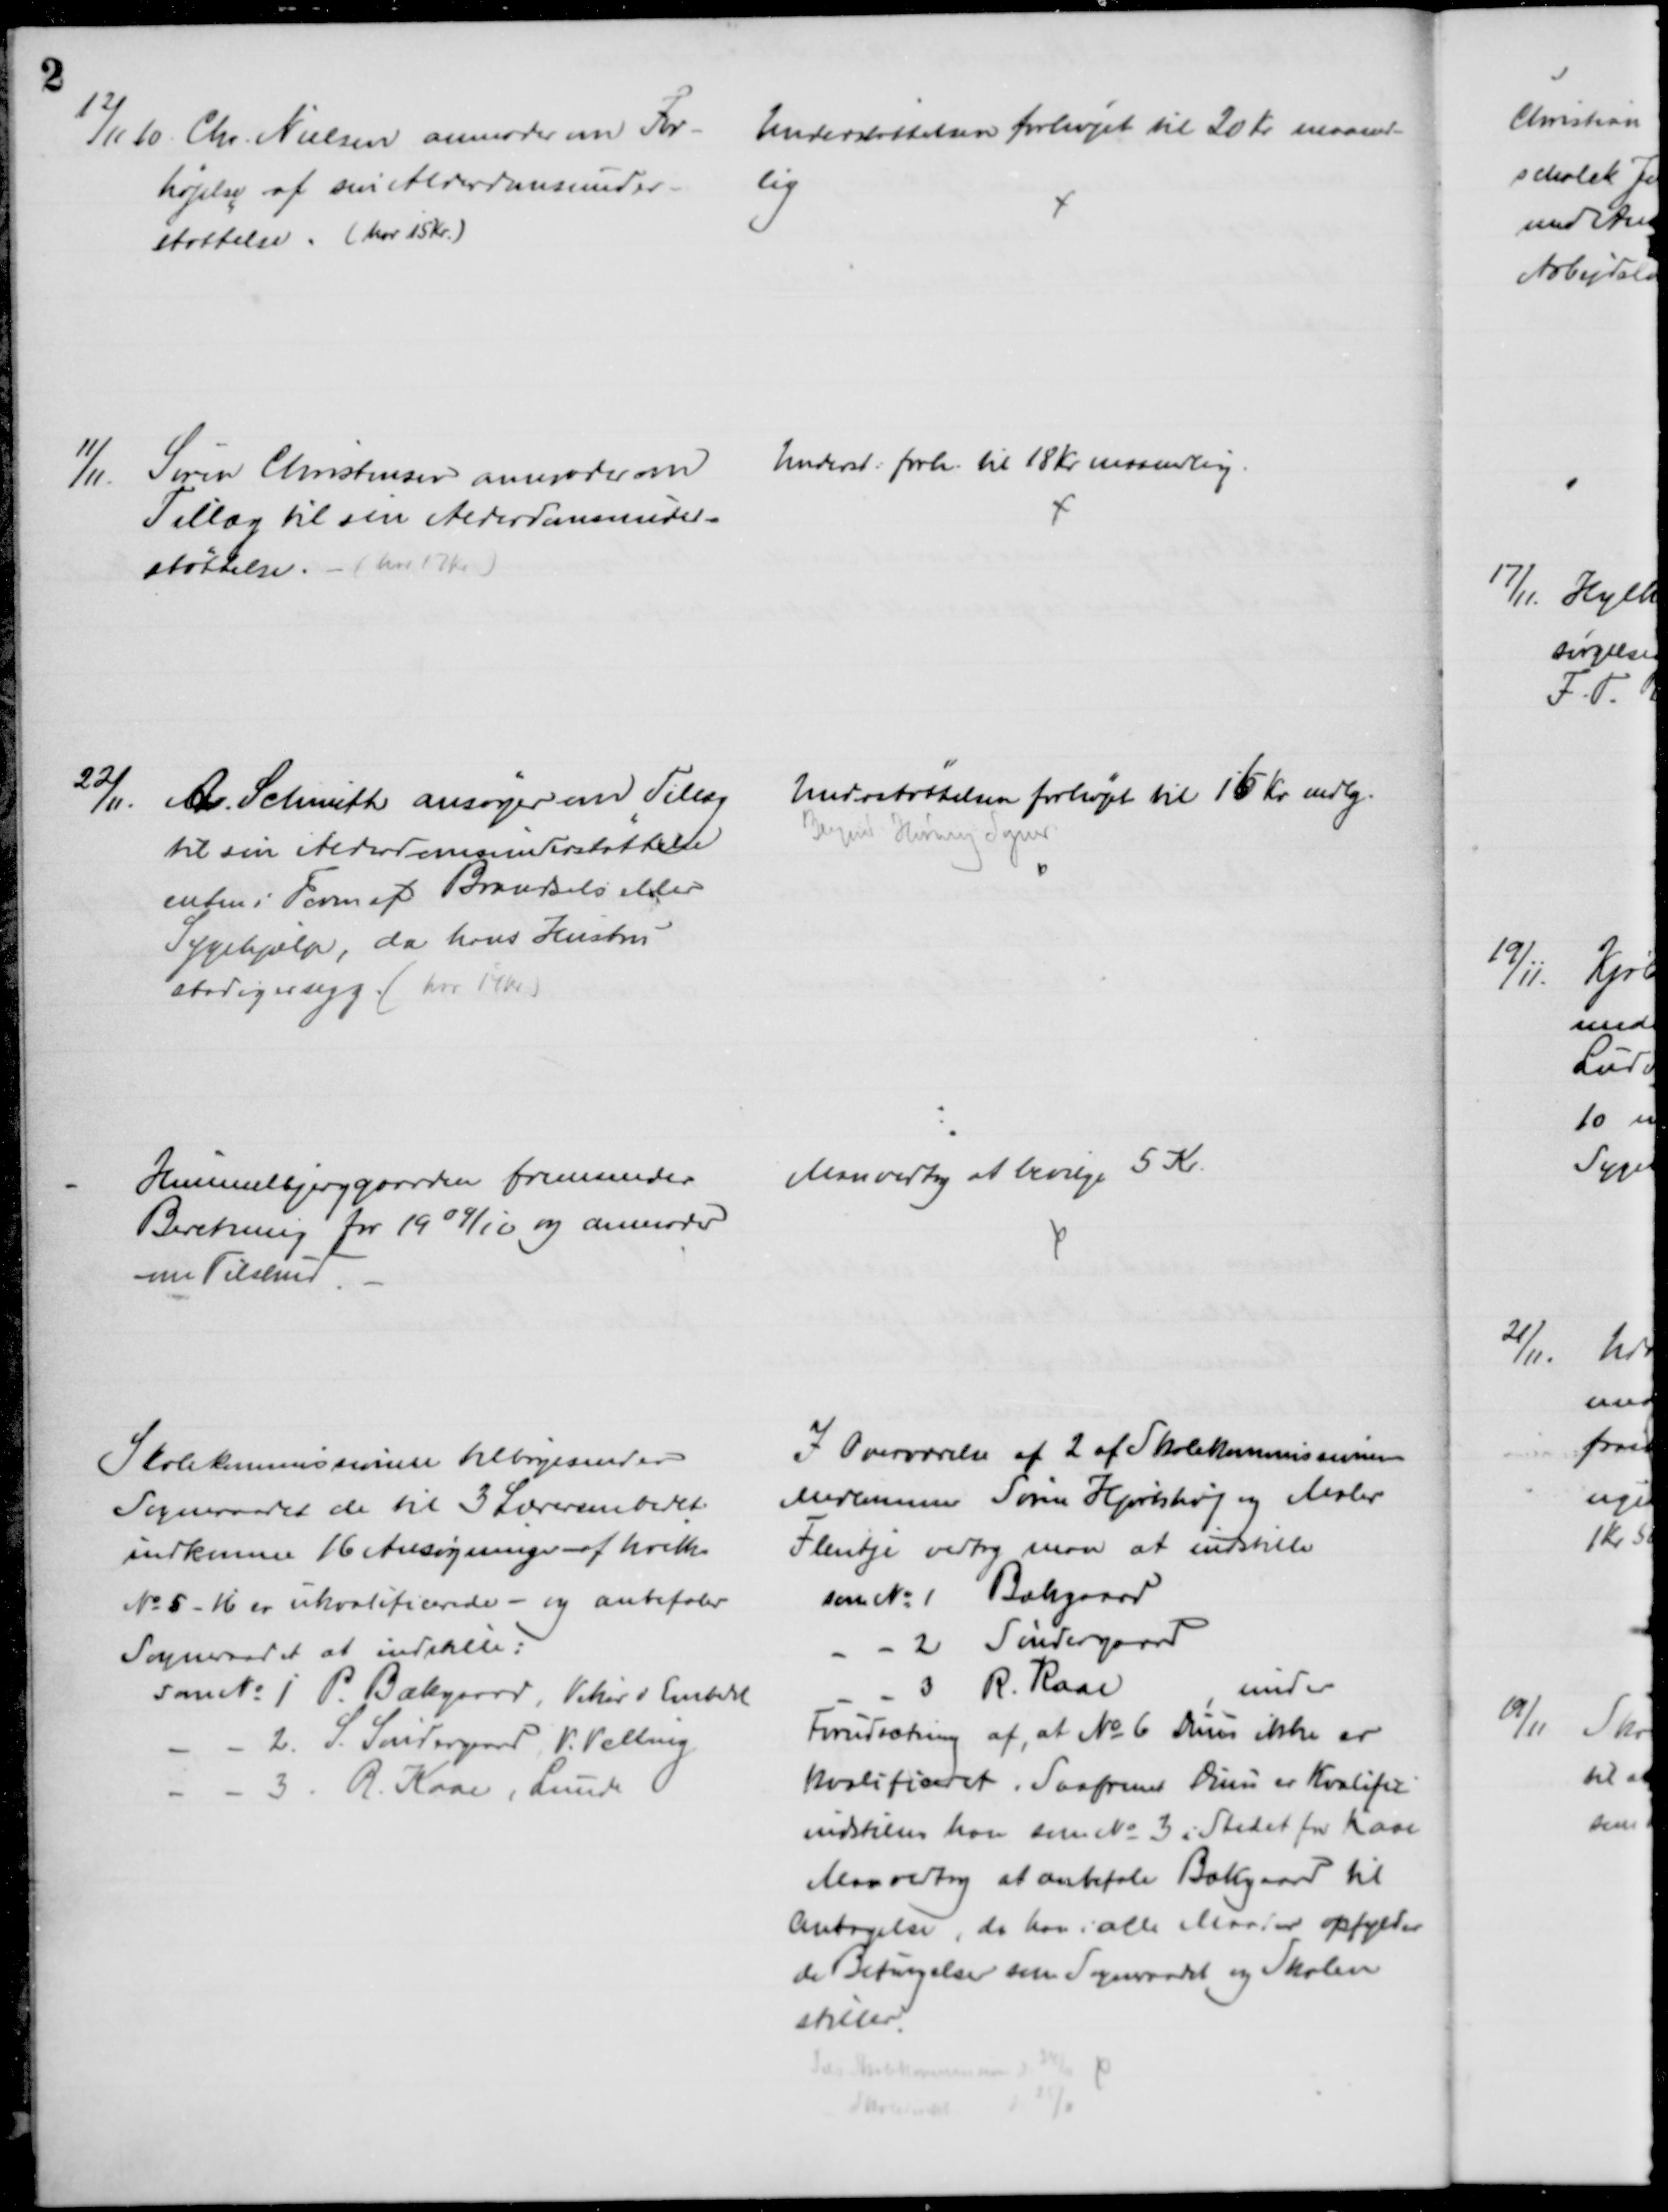
Transskription:
12/11 10. Chr. Nielsen anmoder om For-
højelse af sin Alderdomsunder-
støttelse. (har 15 Kr.)
Understøttelsen forhøjet til 20 Kr. maaned-
lig
11/11
Søren Christensen anmoder om
Tillæg til sin Alderdomsunder-
støttelse. - (har 17 Kr)
Underst: forh. til 18 Kr maanedlig.
22/11.
A. Schmith ansøger om Tillæg
til sin Alderdomsunderstøttelse
enten i Form af Brændsels eller
Sygehjælp, da hans Hustru
stadig er syg. (har 14 Kr)
Understøttelsen forhøjet til 16 Kr mdlg.
Blegind Hørning Sogner.
Himmelbjerggaarden fremsender
Beretning for 1909/10 og anmoder
om Tilskud
Man vedtog at bevilge 5 Kr.
Skolekommissionen tilbagesender
Sogneraadet de til 3 Lærerembeder
indkomne 16 Ansøgninger - af hvilke
No 5 -16 er ukvalificerede - og anbefaler
Sogneraadet at indstille:
som № 1 P Bækgaard, Vikar i Embede
2. S. Søndergaard. V. Velling
3. R. Kaae, Lunde
I Overværelse af 2 af Skolekommissionens
Medlemmer Søren Hjortshøj og Maler
Flentje vedtog man at indstille
som № 1 Bækgaard
2 Søndergaard
3 R. Kaae
under
Forudsætning af, at № 6 Duus ikke er
Kvalificeret. Saafremt Duus er Kvalific.
indstilles han som № 3 i Stedet for Kaae
Man vedtog at anbefale Bækgaard til
Antagelse, da han i alle Maader opfylder
de Betingelser som Sogneraadet og Skolen
stiller.